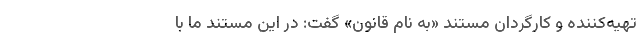
تهیه‌کننده و کارگردان مستند «به نام قانون» گفت: در این مستند ما با